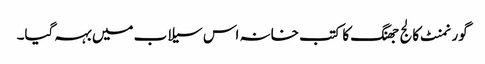
گورنمنٹ کالج جھنگ کا کتب خانہ اس سیلاب میں بہہ گیا۔